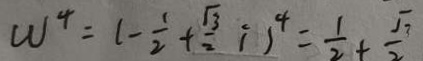
W ^ { 4 } = ( - \frac { 1 } { 2 } + \frac { \sqrt { 3 } } { 2 } i ) ^ { 4 } = \frac { 1 } { 2 } + \frac { \sqrt { 3 } } { 2 }